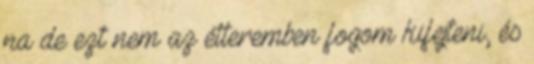
na de ezt nem az étteremben fogom kifejteni, és